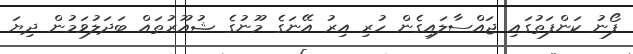
ފޯނު ކަންފަތުގައި ޖައްސާލައިގެން ހުރި އިރު އޭނަގެ މޫނުގެ ޝުއޫރުތައް ބަދަލުވަމުން ދިޔަ